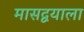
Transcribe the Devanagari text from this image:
मासद्वयाला